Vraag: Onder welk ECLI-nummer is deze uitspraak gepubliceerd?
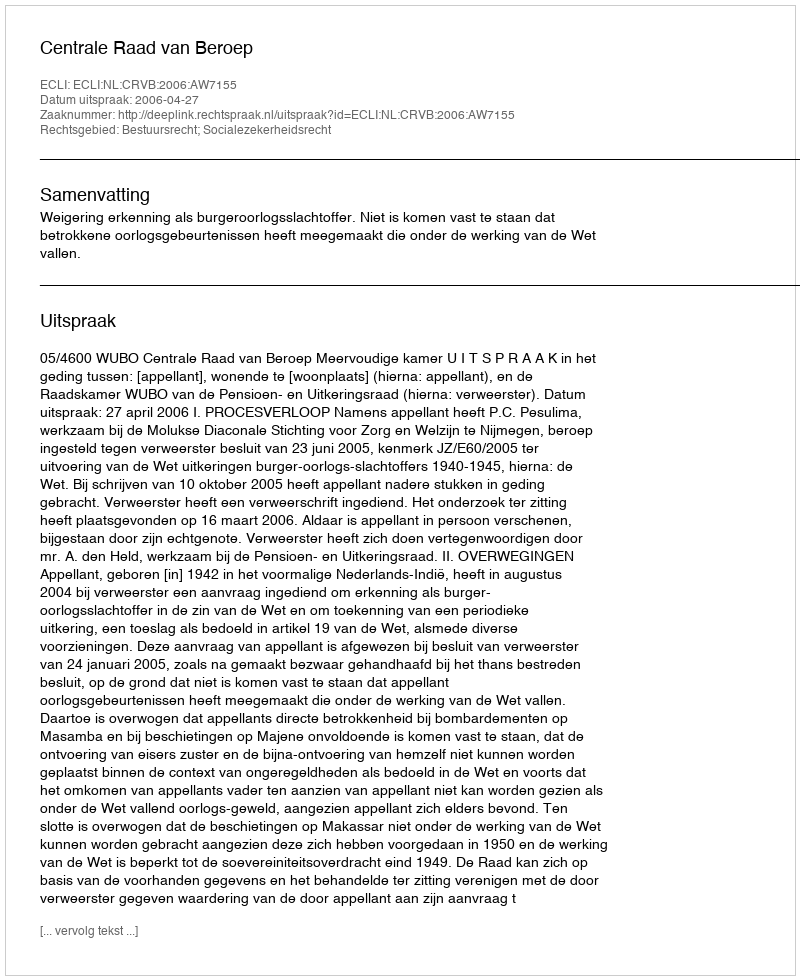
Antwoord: ECLI:NL:CRVB:2006:AW7155